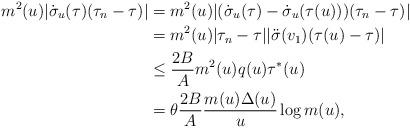
LaTeX: \begin{align*}m^2(u)|\dot{\sigma}_u(\tau)(\tau_n-\tau)|&= m^2(u)|(\dot{\sigma}_u(\tau)-\dot{\sigma}_u(\tau(u)))(\tau_n-\tau)|\\&= m^2(u)|\tau_n-\tau||\ddot{\sigma}(v_1)(\tau(u)-\tau)|\\&\leq\frac{2B}{A}m^2(u)q(u)\tau^*(u)\\&=\theta \frac{2B}{A}\frac{m(u)\Delta(u)}{u}\log m(u),\end{align*}